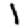
Digit: 1